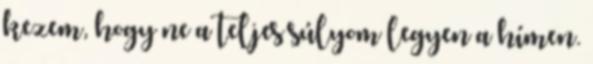
kezem, hogy ne a teljes súlyom legyen a hímen.